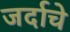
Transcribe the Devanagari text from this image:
जर्दाचे